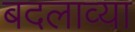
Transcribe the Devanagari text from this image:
बदलाव्या